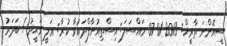
ސީއޮންނަ ތާރީޚް: 2013-01-07 މައްސަލަ: އިސްތިއުނާފްދައުވާ ކުރާ: ޢަލީ ވަޙީދު / ބަދަރު